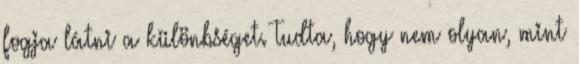
fogja látni a különbséget. Tudta, hogy nem olyan, mint